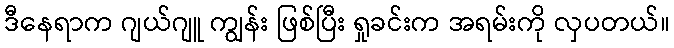
ဒီနေရာက ဂျယ်ဂျူ ကျွန်း ဖြစ်ပြီး ရှုခင်းက အရမ်းကို လှပတယ်။